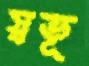
স্বভূ